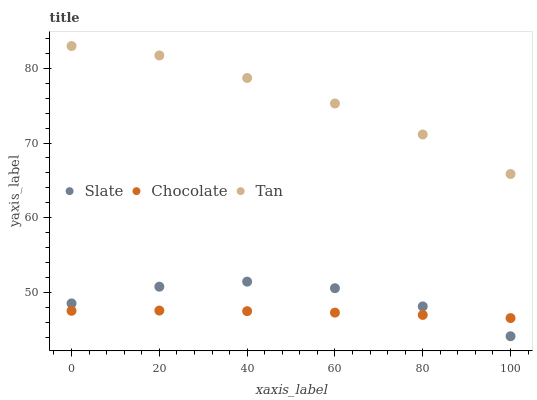
| xaxis_label | Slate | Chocolate | Tan |
 | --- | --- | --- | --- |
 | 0 | 48.5 | 47.5 | 83 |
 | 20 | 50.8 | 47.6 | 81.7 |
 | 40 | 51.4 | 47.5 | 78.7 |
 | 60 | 50.6 | 47.3 | 75.3 |
 | 80 | 48.1 | 47 | 71.1 |
 | 100 | 44.1 | 46.5 | 65.9 |